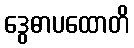
ဒွေဓာပထောတိ